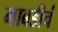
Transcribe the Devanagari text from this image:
गाबडीचं